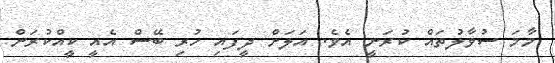
މާމަ ސުވާލުތައް ކުރަނީ އެވެ. އަލަށް ދީފައި ހުރި ބޭސް އެއީ ކީއްކުރަން